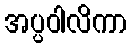
အပ္ပဝါလိကာ